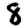
Digit: 8